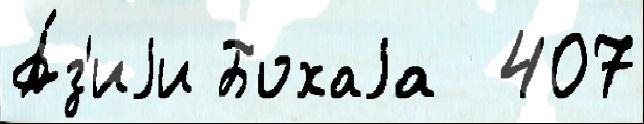
А́з'иjи Бохаjа  407